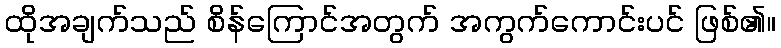
ထိုအချက်သည် စိန်ကြောင်အတွက် အကွက်ကောင်းပင် ဖြစ်၏။